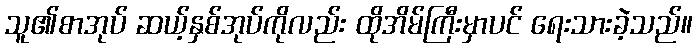
သူ၏စာအုပ် ဆယ့်နှစ်အုပ်ကိုလည်း ထိုအိမ်ကြီးမှာပင် ရေးသားခဲ့သည်။